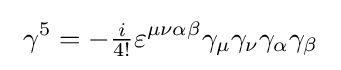
\ \gamma ^{5}=-{\tfrac {i}{4!}}\varepsilon ^{\mu \nu \alpha \beta }\gamma _{\mu }\gamma _{\nu }\gamma _{\alpha }\gamma _{\beta }\